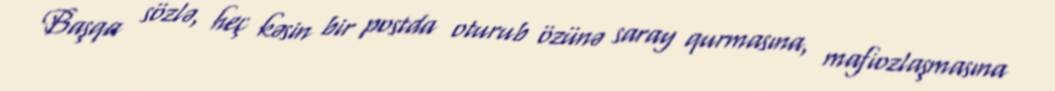
Başqa sözlə, heç kəsin bir postda oturub özünə saray qurmasına, mafiozlaşmasına